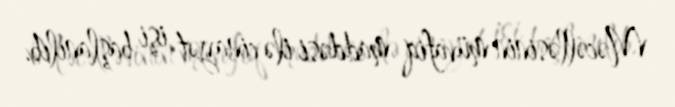
Məcəlləsinin müvafiq maddəsi ilə cinayət işi başlanılıb.